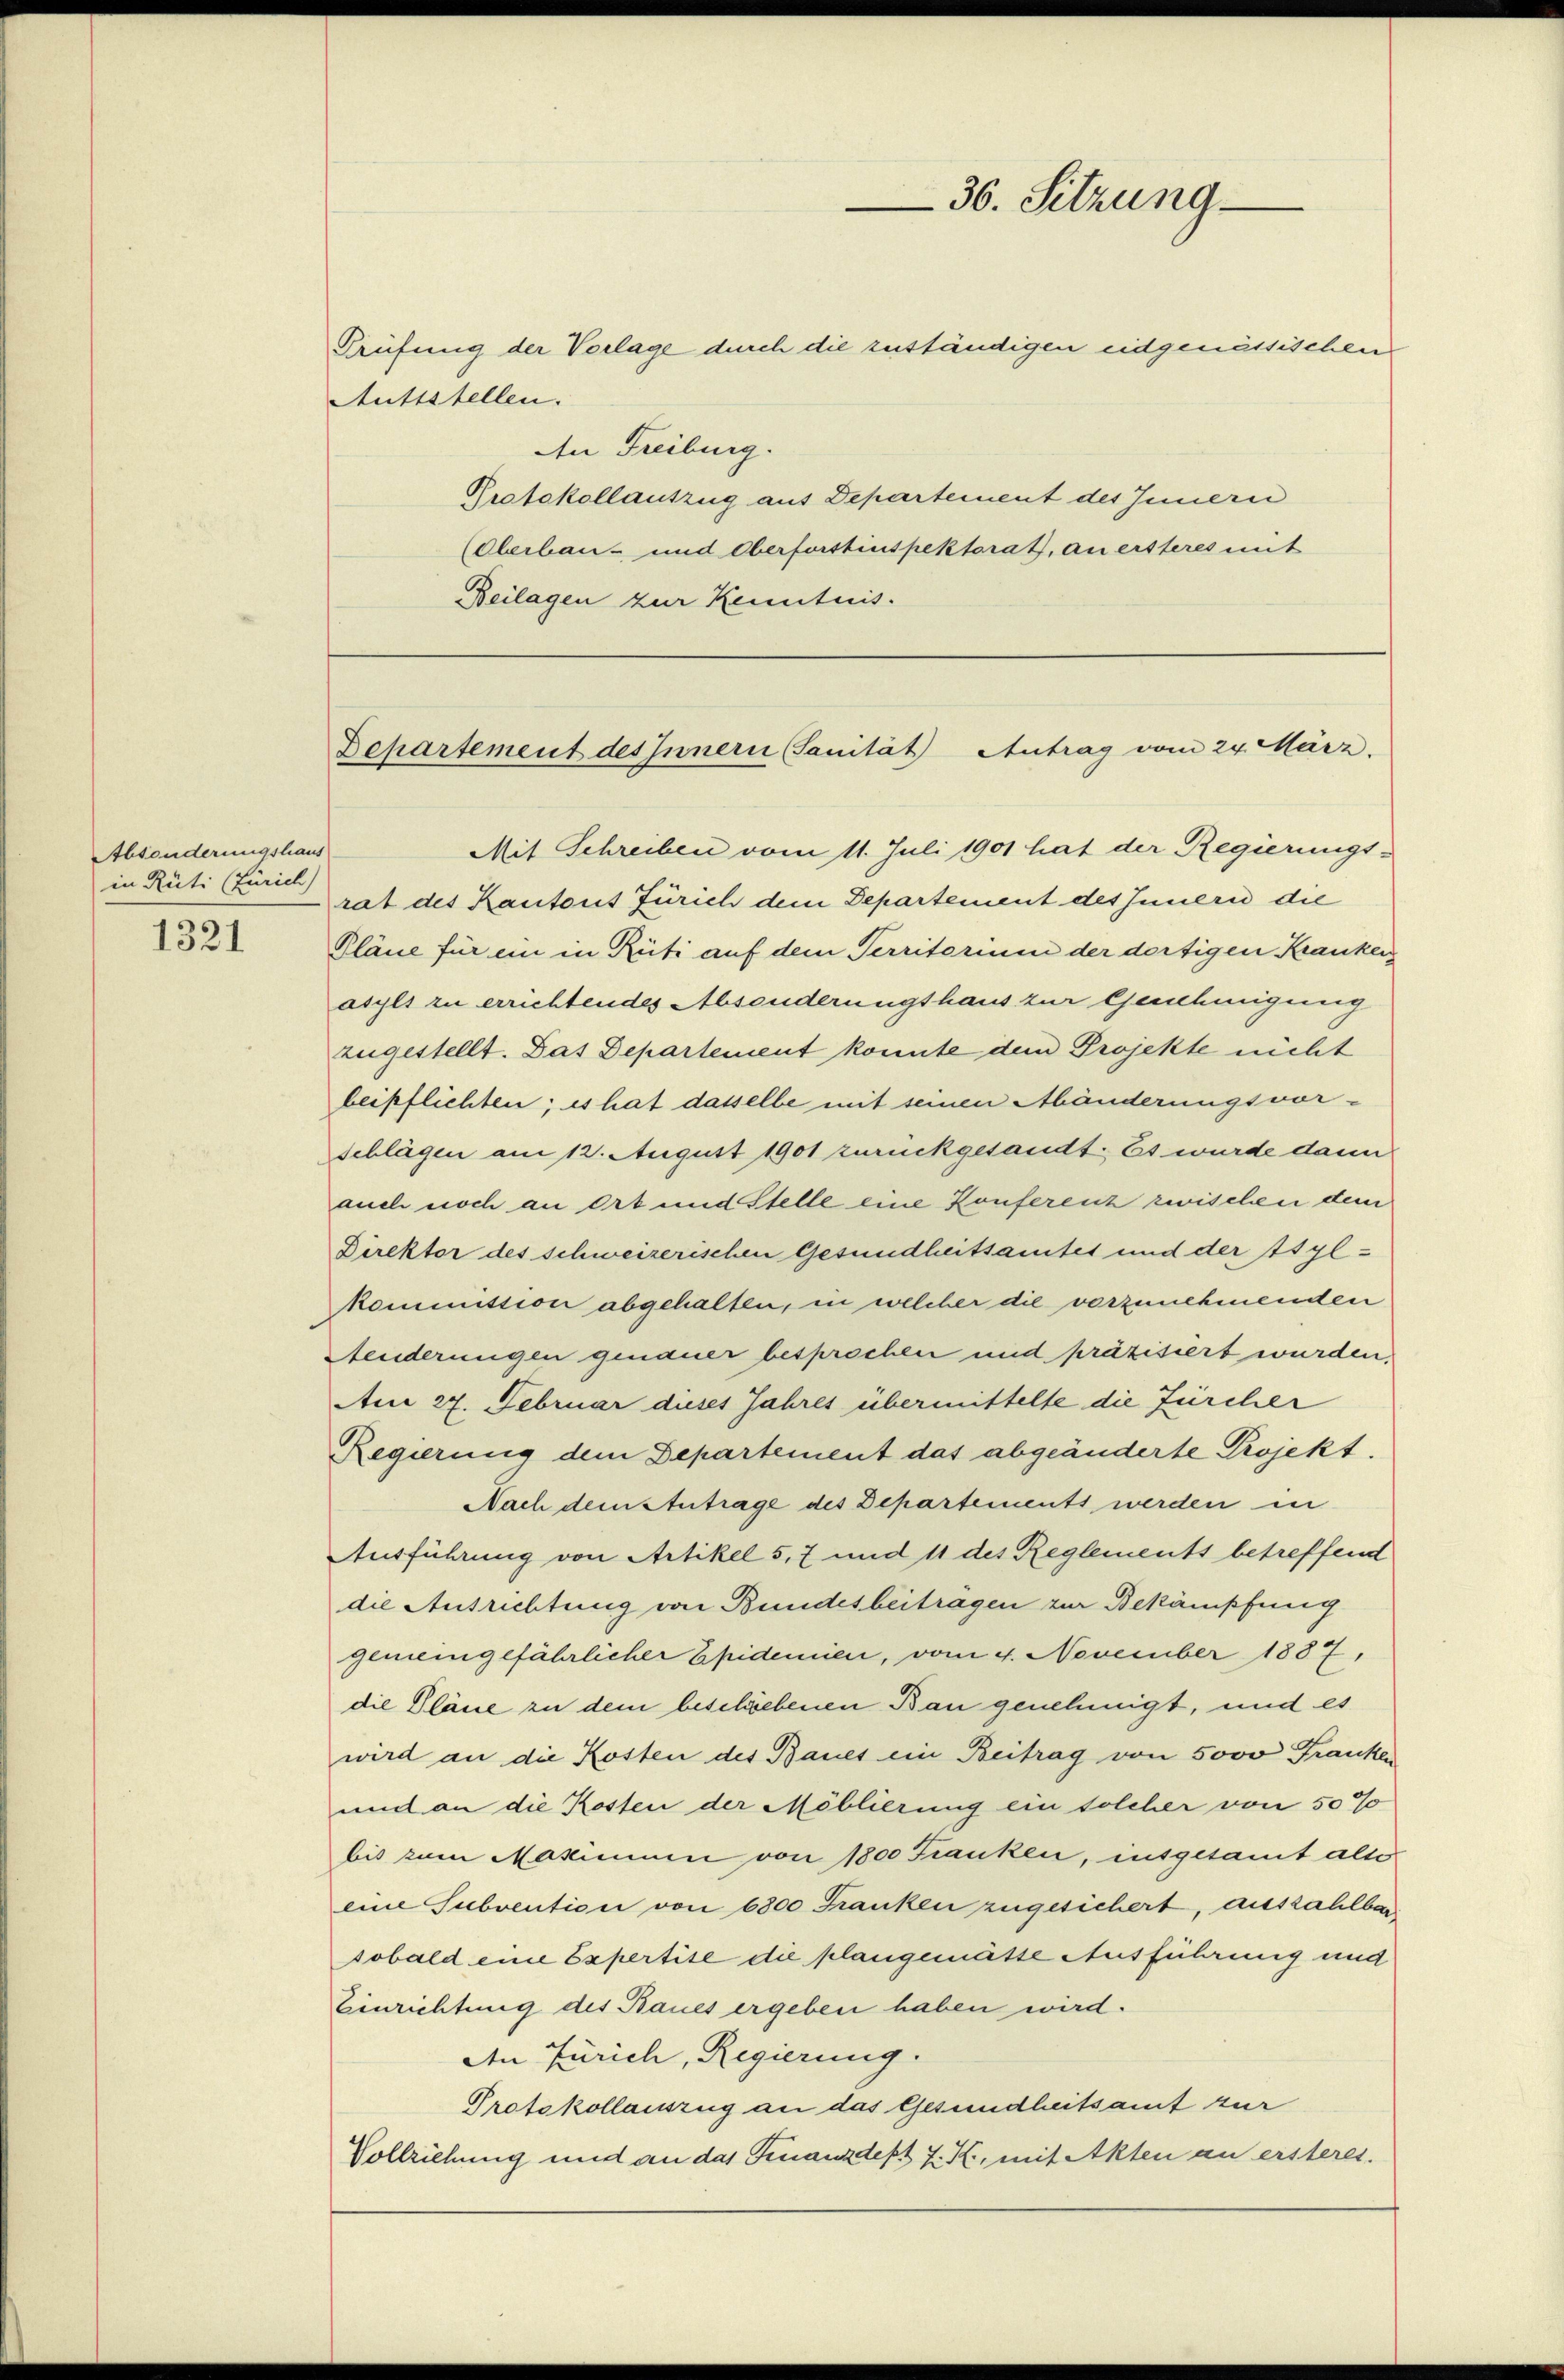
Absonderungshaus
in Rüti (Zürich)

1321

An Freiburg.
Protokollauszug aus Departement des Innern
(Oberbau- und Oberforstinspektorat, an ersteres mit
Beilagen zur Kenntnis.

Mit Schreiben vom 11. Juli 1901 hat der Regierungs-
rat des Kantons Zürich dem Departement des Innern die
Pläne für ein in Rüti auf dem Territorium der dortigen Kranken
asyls zu errichtendes Absonderungshaus zur Genehmigung
zugestellt. Das Departement konnte dem Projekte nicht
beipflichten; es hat dasselbe mit seinen Abänderungsvor-
schlägen am 12. August 1901 zurückgesandt. Es wurde dann
auch noch an Ort und Stelle eine Konferenz zwischen dem
Direktor des schweizerischen Gesundheitsamtes und der Asylkommission abgehalten, in welcher die vorzunehmenden
Aenderungen genauer besprochen und präzisiert wurden,
An 27. Februar dieses Jahres übermittelte die fürcher
Regierung dem Departement das abgeänderte Projekt.
Nach dem Antrage des Departements werden in
Ausführung von Artikel 5, 7 und 11 des Reglements betreffend
die Ausrichtung von Bundesbeitragen zur Bekämpfung
gemeingefährlicher Epidemien, vom 4. November 1887,
die Pläne zu dem beschriebenen Bau genehmigt, und es
wird an die Kosten des Baues ein Beitrag von 5000 Franken
und an die Kosten der Möblierung ein solcher von 50%
bis zum Makimum von 1800 Franken, insgesamt alle
eine Subvention von 6800 Franken zugesichert, auszahlbar
sobald eine Expertise die plangemässe Ausführung und
Einrichtung des Baues ergeben haben wird.
An Zürich, Regierung.
Protokollauszug an das Gesundheitsamt zur
Vollziehung und an das Finanzdept 7. K., mit Akten an ersteres.

Auttstellen.

36. Sitzung
Prüfung der Vorlage durch die zuständigen eidgenössischen

Departement des Innern (Sanität Antrag vom 24. März.